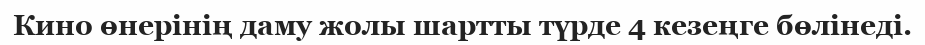
Кино өнерінің даму жолы шартты түрде 4 кезеңге бөлінеді.